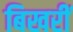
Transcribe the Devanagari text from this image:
बिखरीं